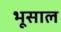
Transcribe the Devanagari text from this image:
भूसाल